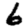
Digit: 6